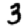
Digit: 3